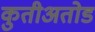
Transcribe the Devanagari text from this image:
कुतीअतोड